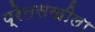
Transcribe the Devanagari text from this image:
प्रेतसखीला